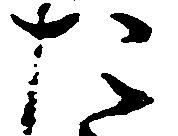
た